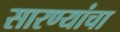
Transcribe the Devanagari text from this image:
सारण्यांचा